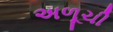
અળૂચી